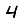
Digit: 4